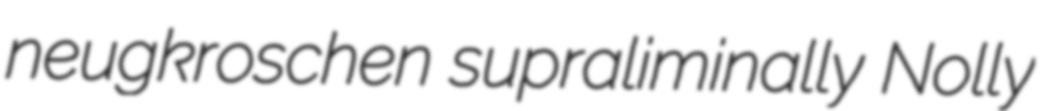
neugkroschen supraliminally Nolly